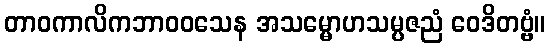
တာဝကာလိကဘာဝဝသေန အသမ္မောဟသမ္ပဇညံ ဝေဒိတဗ္ဗံ။